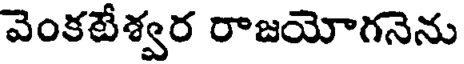
వెంకటేశ్వర రాజయోగనెను